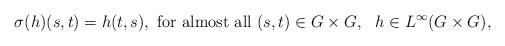
LaTeX: \begin{align*}\sigma(h)(s,t) = h(t,s), \mbox{ for almost all } (s,t)\in G\times G, \ \ h\in L^{\infty}(G\times G),\end{align*}